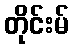
တိုင်းမ်